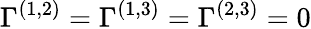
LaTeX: \Gamma^{(1,2)}=\Gamma^{(1,3)}=\Gamma^{(2,3)}=0